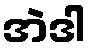
အဲဒါ